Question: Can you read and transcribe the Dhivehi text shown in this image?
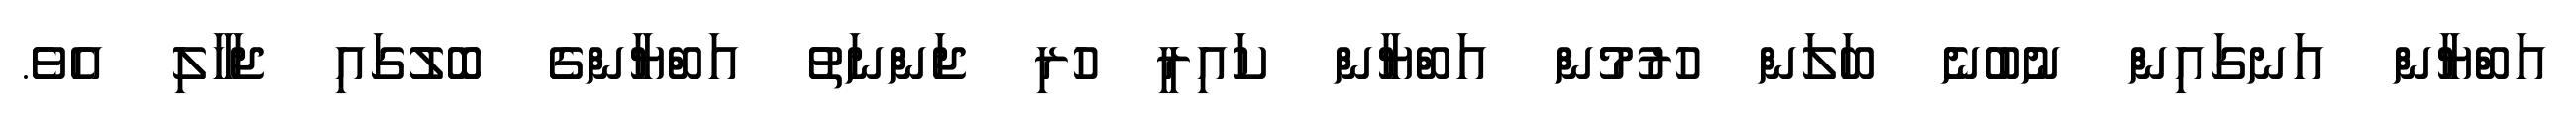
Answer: އަބްޔާން އަނގައިން ނުބުނެ ބަލަން ހުރުމުން އަބްޔާން ކައިރީ ހުރި ޖަންނަތު އަބްޔާންގެ ބޮލުގައި ޖަހާލި އެވެ.